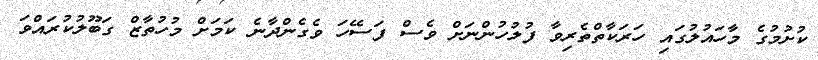
ކުށުމުގެ މާހައުލުގައި ހަރަކާތްތެރިވާ ފުލުހުންނަށް ވެސް ފަސޭހަ ވެގެންދާނެ ކަމަށް މުހުތާޒް ގަބޫލުކުރައްވަ